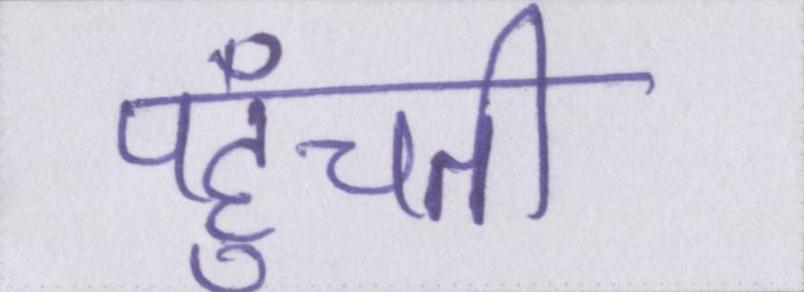
पहुँचती